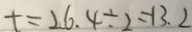
t = 2 6 . 4 \div 2 = 1 3 . 2